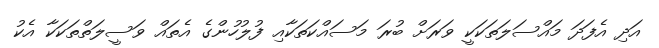
އަދި އެފަދަ މައްސަލަތަކަކީ ވަރަށް ބުރަ މަސައްކަތަކާއި ފުލުހުންގެ އެތައް ވަސީލަތްތަކަކާ އެކު